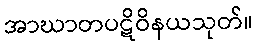
အာဃာတပဋိဝိနယသုတ်။